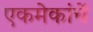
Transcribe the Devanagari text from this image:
एकमेकांचें